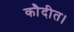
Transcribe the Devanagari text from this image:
कौदीत।